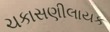
ચકાસણીલાયક